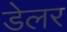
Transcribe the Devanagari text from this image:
डेलर